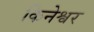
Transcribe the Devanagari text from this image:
किनेश्वर